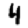
Digit: 4